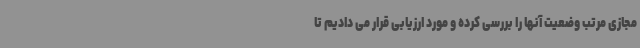
مجازی مرتب وضعیت آنها را بررسی کرده و مورد ارزیابی قرار می دادیم تا